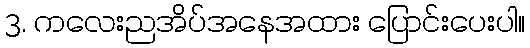
3. ကလေးညအိပ်အနေအထား ပြောင်းပေးပါ။